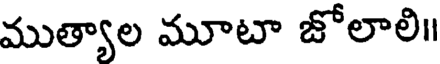
ముత్యాల మూటా జోలాలి॥